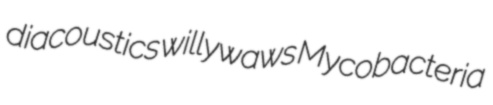
diacoustics willywaws Mycobacteria